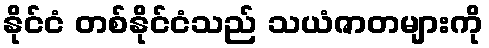
နိုင်ငံ တစ်နိုင်ငံသည် သယံဇာတများကို